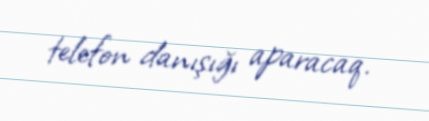
telefon danışığı aparacaq.